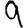
Digit: 9